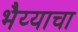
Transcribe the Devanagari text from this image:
भैय्याचा